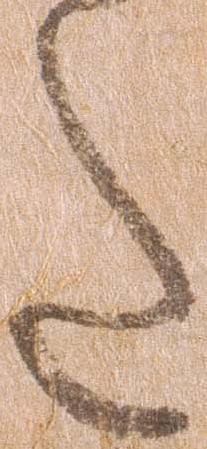
た